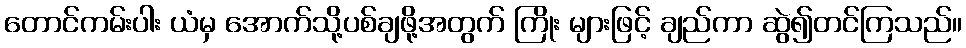
တောင်ကမ်းပါး ယံမှ အောက်သို့ပစ်ချဖို့အတွက် ကြိုး များဖြင့် ချည်ကာ ဆွဲ၍တင်ကြသည်။